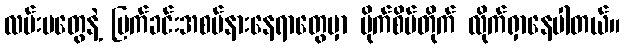
လမ်းမတွေနဲ့ မြက်ခင်းအစပ်နားနေရာတွေမှာ ပိုက်စိပ်တိုက် လိုက်ရှာနေပါတယ်။